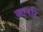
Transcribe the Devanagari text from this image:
कलरि